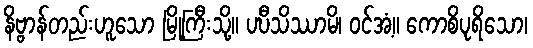
နိဗ္ဗာန်တည်းဟူသော မြို့ကြီးသို့။ ပဎီသိဿာမိ၊ ဝင်အံ့။ ကောစိပုရိသော၊